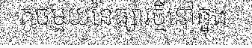
តូចមួយនៃផ្សារថ្មីនៅក្នុង